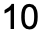
10